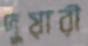
দুয়ারী